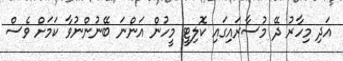
އަދި މިހާރު ދޭ މުސާރައިގައި ކޮލިޓީ މީހުން އަންނަ ބޭނުންނުވާ ކަމަށް ވެސް